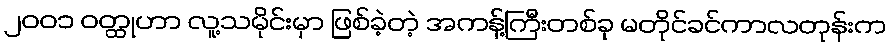
၂၀၀၁ ဝတ္ထုဟာ လူ့သမိုင်းမှာ ဖြစ်ခဲ့တဲ့ အကန့်ကြီးတစ်ခု မတိုင်ခင်ကာလတုန်းက